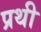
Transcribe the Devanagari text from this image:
प्रथी